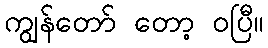
ကျွန်တော် တော့ ဝပြီ။